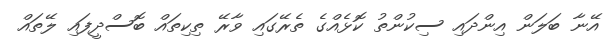
އޭނާ ބަލަން އިންދައި ސިކުންތު ކޮޅެއްގެ ތެރޭގައި ވާރޭ ތިކިތައް ބޮސްދީފައި ލޭތައް